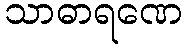
သာဓာရဏေ